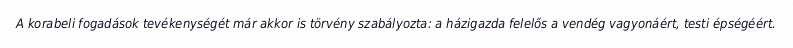
A korabeli fogadások tevékenységét már akkor is törvény szabályozta: a házigazda felelős a vendég vagyonáért, testi épségéért.